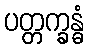
ပတ္တက္ခန္ဓံ